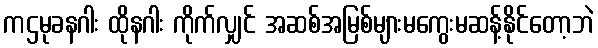
ကဌမုခနဂါး ထိုနဂါး ကိုက်လျှင် အဆစ်အမြစ်များမကွေးမဆန့်နိုင်တော့ဘဲ